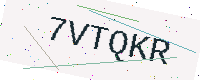
Text: 7VTQKR